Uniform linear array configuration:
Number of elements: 8
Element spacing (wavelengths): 0.5
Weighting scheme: exponential
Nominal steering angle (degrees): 45
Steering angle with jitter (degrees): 45.15
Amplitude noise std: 0.05
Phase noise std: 0.05

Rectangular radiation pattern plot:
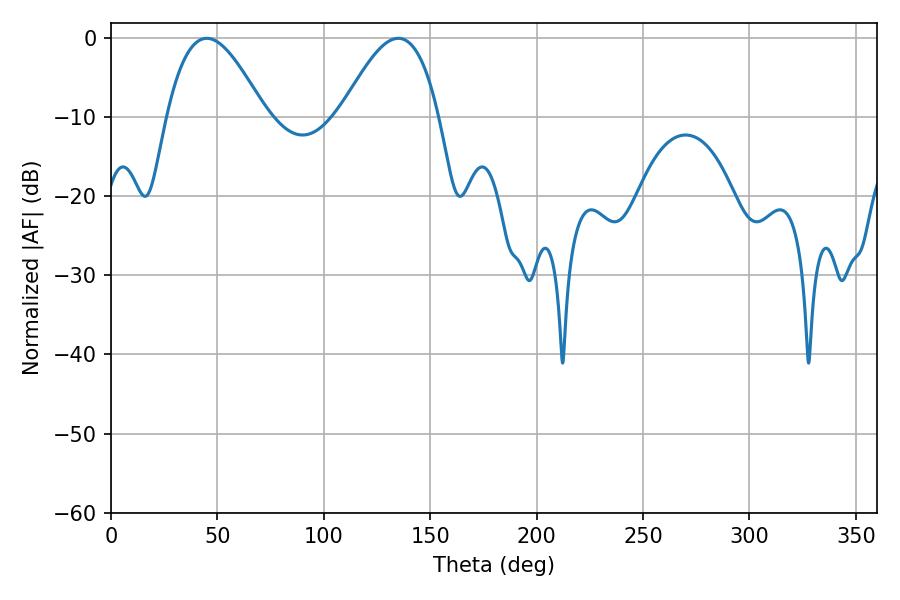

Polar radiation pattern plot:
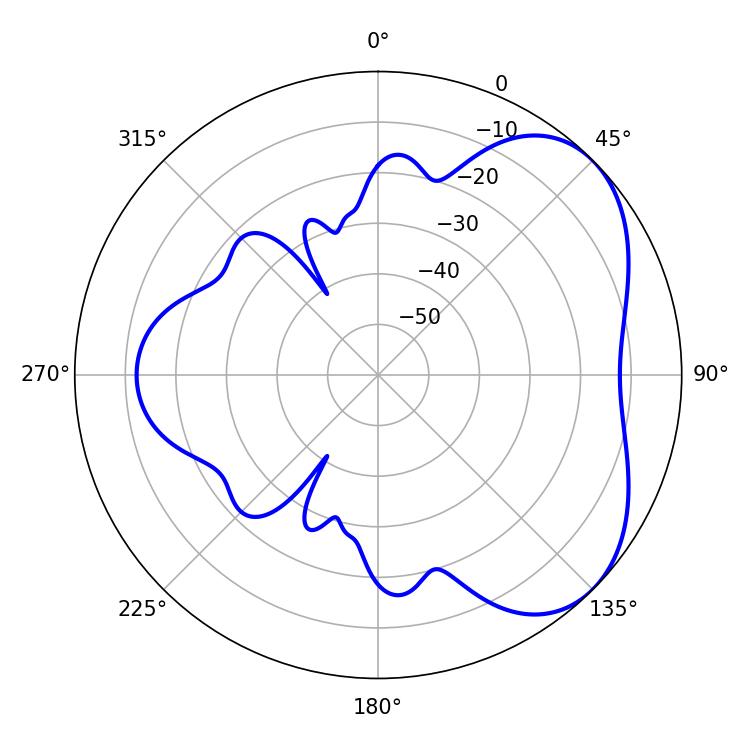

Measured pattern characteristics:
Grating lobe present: FALSE
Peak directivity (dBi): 4.641
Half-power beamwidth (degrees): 24.84
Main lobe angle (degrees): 45